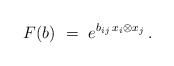
\begin{align*}F( b ) \ = \ e^{b_{i j}\,x_i\otimes x_j}\,.\end{align*}